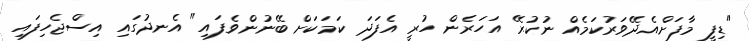
"ޑިފީ މާފަށްއެދޭވަރުކަމެއް ނުކުރޭ އަހަރެން ހުރީ އެފަދަ ކަމަކަށް ބޭނުންވެފައި" އެނދުގައި އިސްޖެހިފައި